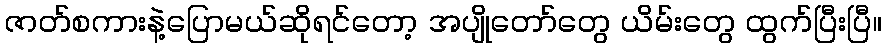
ဇာတ်စကားနဲ့ပြောမယ်ဆိုရင်တော့ အပျိုတော်တွေ ယိမ်းတွေ ထွက်ပြီးပြီ။